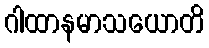
ဂါထာနမာသယောတိ